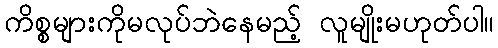
ကိစ္စများကိုမလုပ်ဘဲနေမည့် လူမျိုးမဟုတ်ပါ။